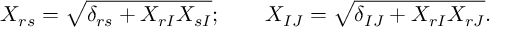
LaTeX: X _ { r s } = \sqrt { \delta _ { r s } + X _ { r I } X _ { s I } } ; \qquad X _ { I J } = \sqrt { \delta _ { I J } + X _ { r I } X _ { r J } } .